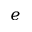
\boldsymbol { e }